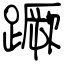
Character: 蹶